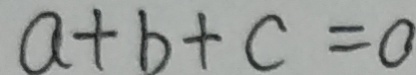
a + b + c = 0